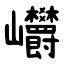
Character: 㠨